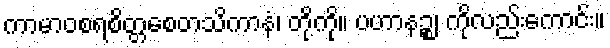
ကာမာဝစရစိတ္တစေတသိကာနံ၊ တို့ကို။ ပဟာနဉ္စ၊ ကိုလည်းကောင်း။